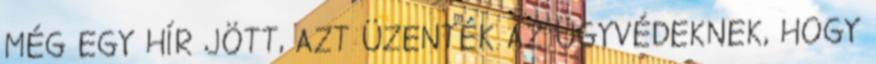
MÉG EGY HÍR JÖTT, AZT ÜZENTÉK AZ ÜGYVÉDEKNEK, HOGY